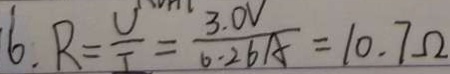
6 . R = \frac { U } { I } = \frac { 3 . 0 V } { 0 . 2 6 A } = 1 0 . 7 \Omega